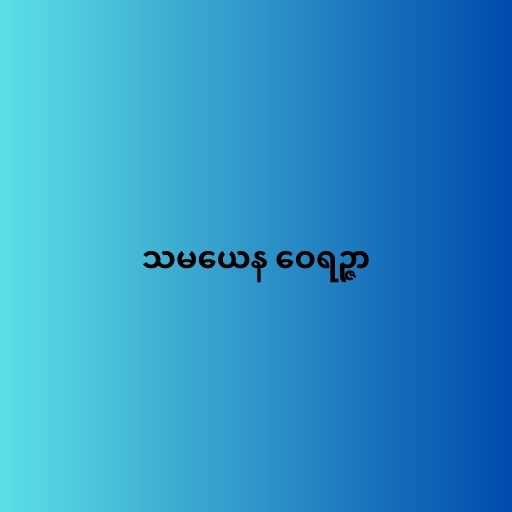
သမယေန ဝေရဉ္ဇာ